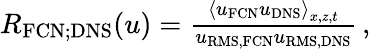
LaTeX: \begin{array}{r}{R_{\mathrm{FCN;DNS}}(u)=\frac{\left<u_{\mathrm{FCN}}u_{\mathrm{DNS}}\right>_{x,z,t}}{u_{\mathrm{RMS,FCN}}u_{\mathrm{RMS,DNS}}}\, ,}\end{array}